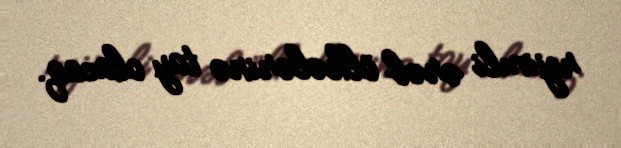
rejimli ərəb ölkələrinə tay olacaq.